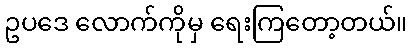
ဥပဒေ လောက်ကိုမှ ရေးကြတော့တယ်။